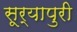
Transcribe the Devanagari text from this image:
सूर्यापुरी